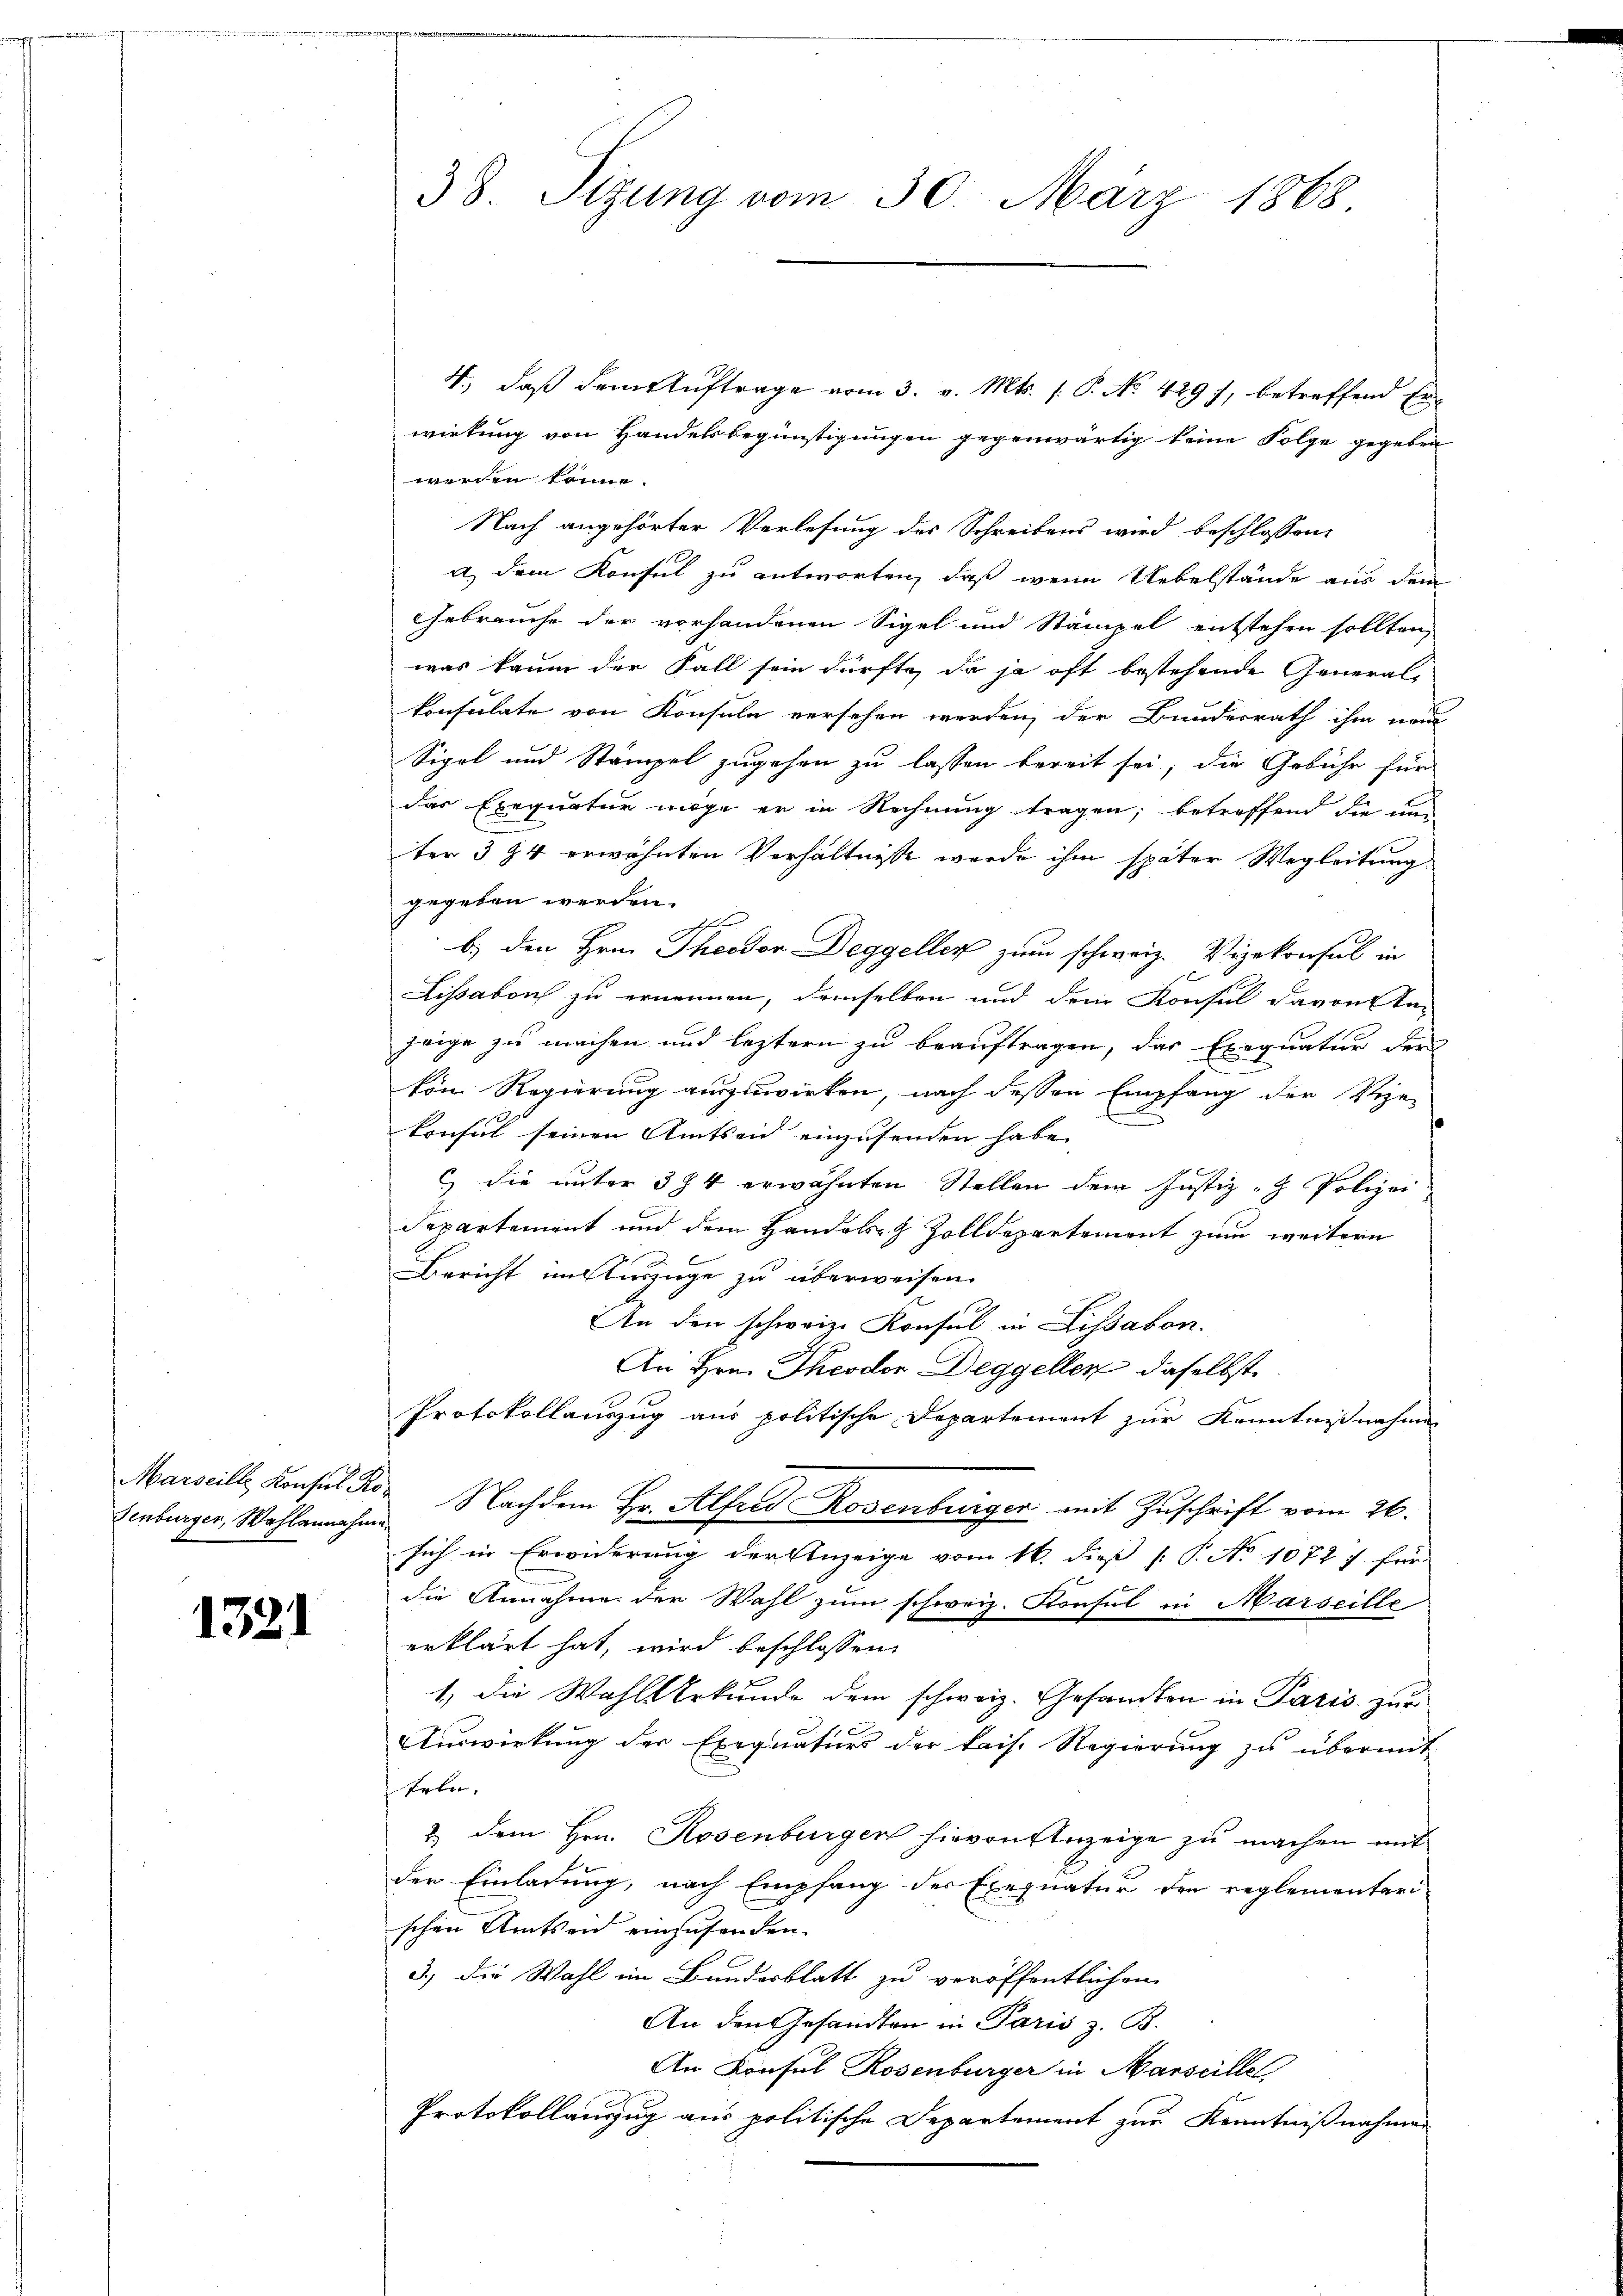
Marseille, Konsul Fis
Senburger, Wahlannahme

1321

38 Sizung vom 30. März 1888.

4., daß dem Auftrage vom 3. v. Mts. (: P. No 429 7, betreffend Erwirkung von Handelsbegünstigungen gegenwärtig keine Folge gegeben
werden könne.
Nach angehörter Verlesung des Schreibens wird beschlossen,
a dem Konsul zu antworten, daß wenn Uebelstände aus dem
Gebrauche der vorhandenen Sigel und Stämpel entstehen sollten,
was kaum der Fall sein dürfte, da ja oft bestehende General-
konsulate von Konsula versehen werden, der Bundesrath ihm neue
Sigel und Stämpel zugehen zu lassen bereit sei; die Gebühr für
das Exequatur möge er in Rechnung tragen; betreffend die und
ter 384 erwähnten Verhältnisse werde ihm später Wegleitung
gegeben werden.
b.) den Hrn. Theodor Deggeller zum schweiz. Vizekonsul in
Lissabon zu ernennen, demselben und dein Konsul davon Va-
zeige zu machen und leztern zu beauftragen, das Exequatur der
von Regierung auszuwirken, nach dessen Empfang der Vize-
konful seinen Amtseid einzusenden habe.
 die unter 384 erwähnten Stellen dem Justiz- & Polizei
departement und dem Handelsch Zolldepartement zum weitern
Bericht uns Auszüge zu überweisen.
An den schweiz. Konsul in Lissabon.
An Hrn. Theodor Deggellen daselbst
Protokollauszug aus politische Departement zur Kenntnißnahme
 Nachdem Hr. Alfred Rosenburger mit Zuschrift vom 26.
sich in Erwiderung der Anzeige vom 16. die P. No 10727 für
die Annahme der Wahl zum schweiz. Konsul in Marseille
erklärt hat, wird beschlossen:
1.) Die Wahl erkunde dem schweiz. Gesandten in Paris zur
Auswirkung der Exequaturs der kais. Regierung zu übermit-
teen
2. dem Hrn. Rosenberger hievon Anzeige zu machen mit
der Einladung, nach Empfang der Exequatur den reglementarischen Amtsen einzusenden.
3.) Die Wahl im Bundesblatt zu veröffentlichen
An den Gesandten in Paris z. B.
An Konsul Rosenburger in Marseillet
Protokollanzug aus politische Departement zur Kenntnißnahmen